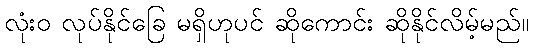
လုံးဝ လုပ်နိုင်ခြေ မရှိဟုပင် ဆိုကောင်း ဆိုနိုင်လိမ့်မည်။